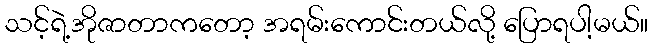
သင့်ရဲ့အိုဇာတာကတော့ အရမ်းကောင်းတယ်လို့ ပြောရပါ့မယ်။